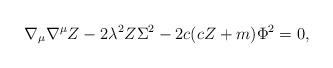
LaTeX: \begin{align*}\nabla_\mu \nabla ^\mu Z-2\lambda ^2Z\Sigma ^2 - 2c(cZ+m)\Phi ^2 =0,\end{align*}